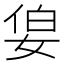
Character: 𪥷